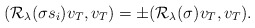
\begin{align*}(\mathcal{R}_\lambda(\sigma s_i) v_T,v_T)=\pm (\mathcal{R}_\lambda(\sigma) v_T,v_T).\end{align*}